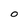
Character: 0